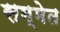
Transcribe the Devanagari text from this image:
सम्मेत